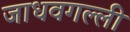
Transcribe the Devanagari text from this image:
जाधवगल्ली